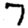
Digit: 7